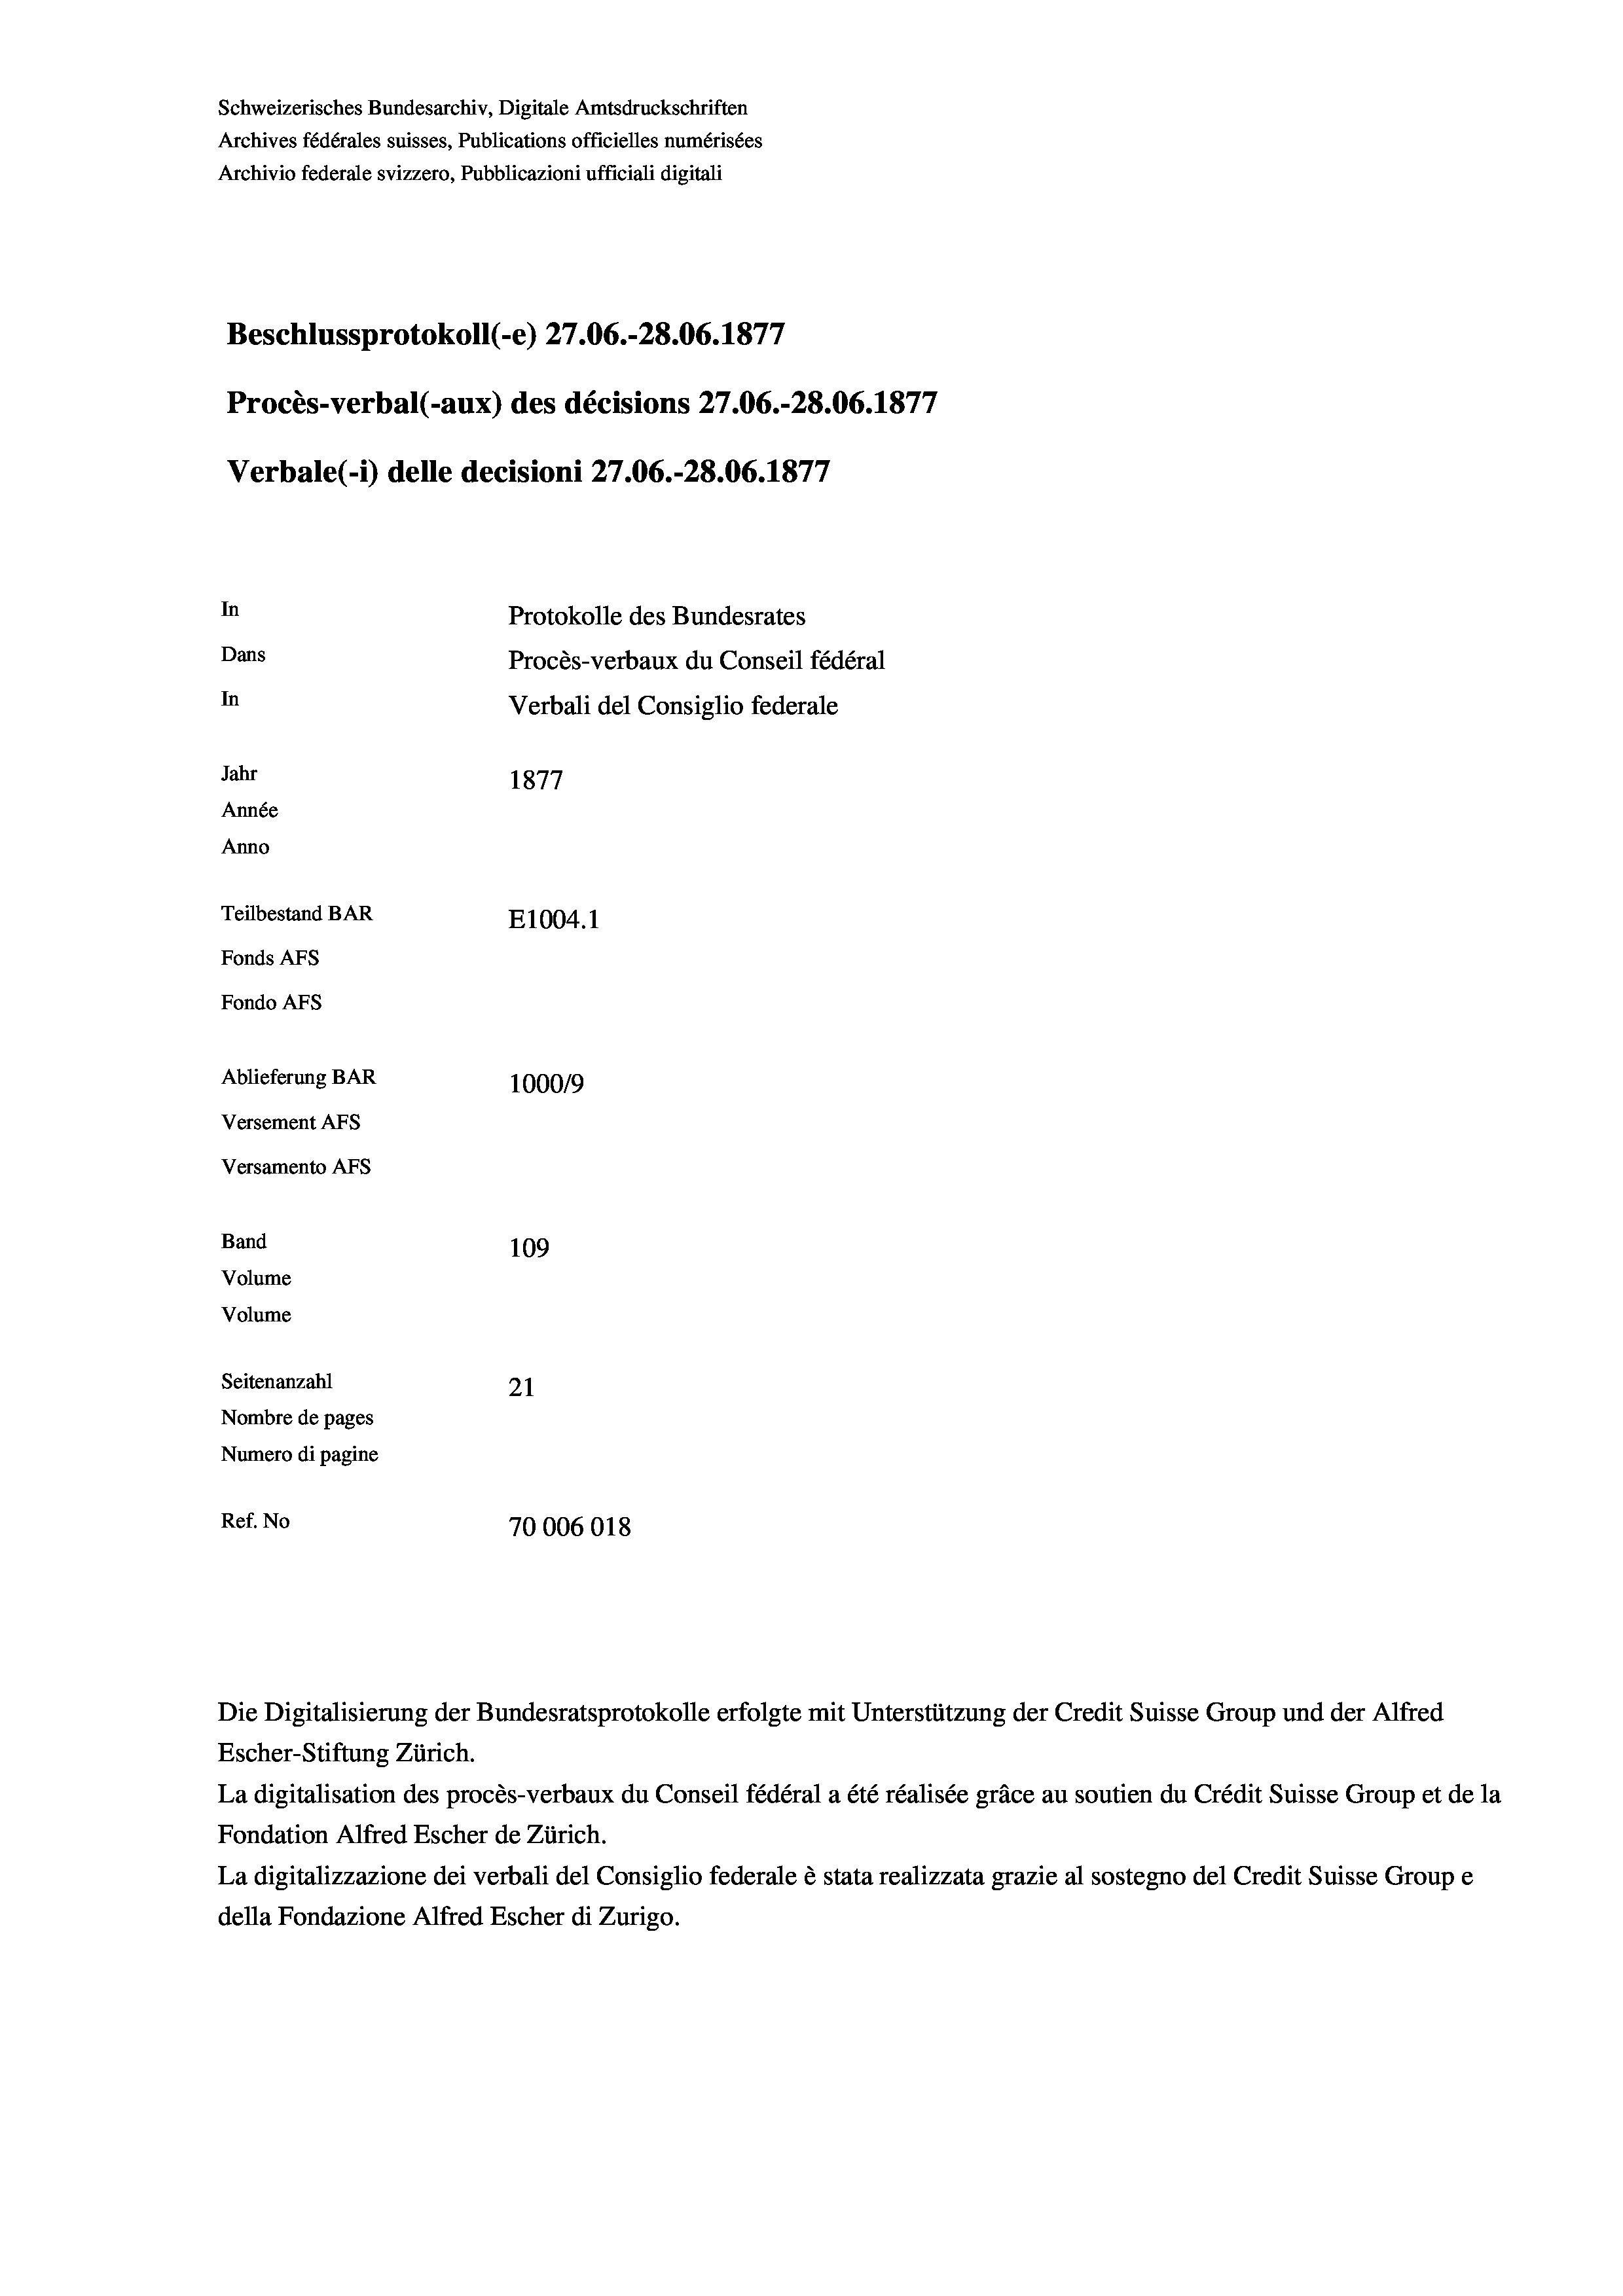
Schweizerisches Bundesarchiv, Digitale Amtsdruckschriften
Archives fédérales suisses, Publications officielles numérisées
Archivio federale svizzero, Pubblicazioni ufficiali digitali
Beschlussprotokoll (-e) 27.06.-28.06. 1877
Procès-verbal (-aux) des décisions 27.06.-28.06. 1877
Verbale (- 1) delle decisioni 27.06.-28.06. 1877
In
Protokolle des Bundesrates
Dans
Procès-verbaux du Conseil fédéral
In
Verbali del Consiglio federale
Jahr
1877
Année
Anno
Teilbestand BAR
E1004.1
Fonds Afs
Fondo Afs
Ablieferung BAR
100019
Versement AFs
Versamento AFs
Band
109
Volume

Volume
Seitenanzahl
21
Nombre de pages
Numero di pagine
Ref. No
70006018

Die Digitalisierung der Bundesratsprotokolle erfolgte mit Unterstützung der Credit Suisse Group und der Alfred

Escher-Stiftung Zürich.
La digitalisation des procès-verbaux du Conseil fédéral a été réalisée gräce au soutien du Crédit Suisse Group et de la
Fondation Alfred Escher de Zürich.
La digitalizzazione dei verbali del Consiglio federale è stata realizzata grazie al sostegno del Credit Suisse Groupe
della Fondazione Alfred Escher di Zurigo.